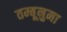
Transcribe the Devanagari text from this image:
तम्बूनुमा